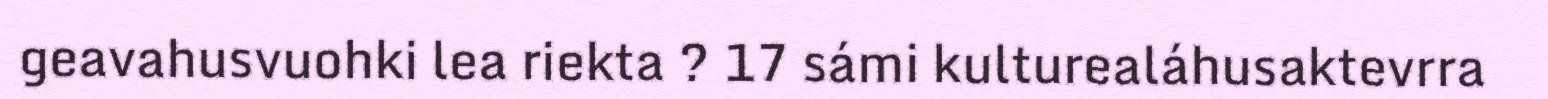
geavahusvuohki lea riekta ? 17 sámi kulturealáhusaktevrra